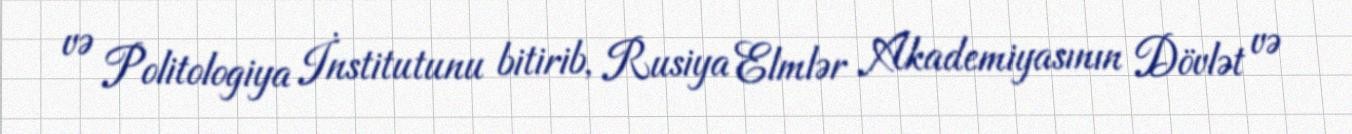
və Politologiya İnstitutunu bitirib, Rusiya Elmlər Akademiyasının Dövlət və